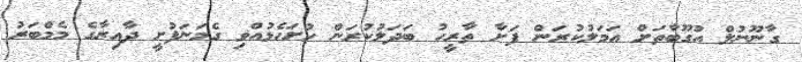
ގާނޫނުލް އުގޫބާތަށް އަމަލުކުރަން ފަށާ ތާރީހު ބަދަލުކުރަން ހުށަހެޅުއްވި ގެމަނަފުށީ ދާއިރާގެ މެމްބަރު